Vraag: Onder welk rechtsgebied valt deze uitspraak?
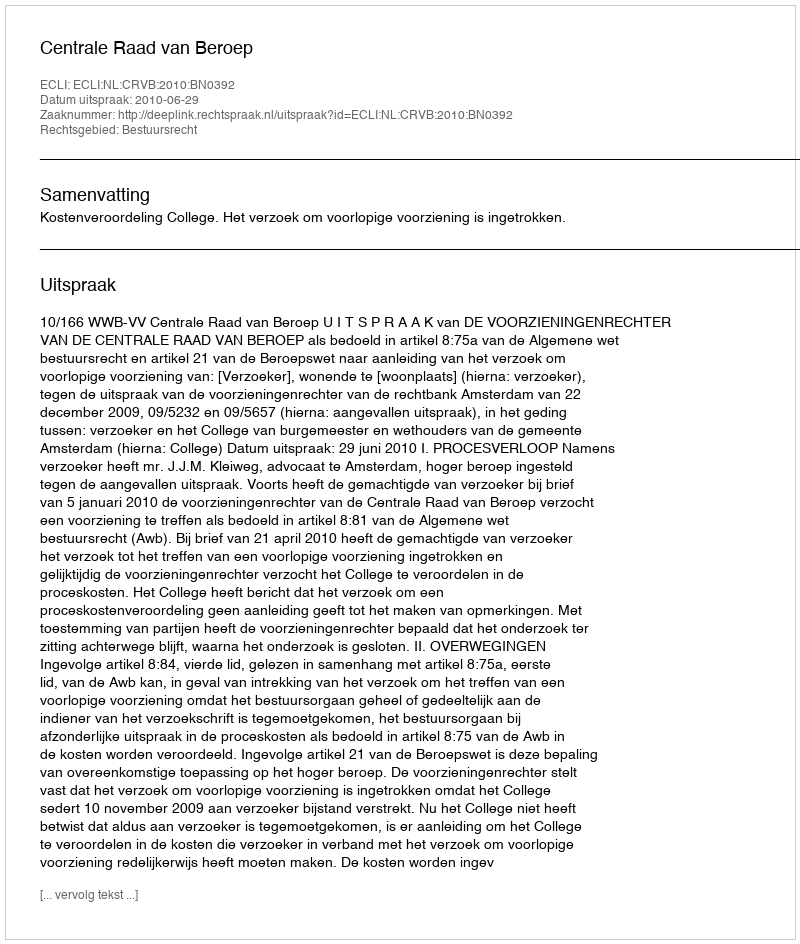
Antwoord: Bestuursrecht